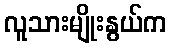
လူသားမျိုးနွယ်က